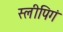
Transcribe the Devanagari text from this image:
स्लीपिगं